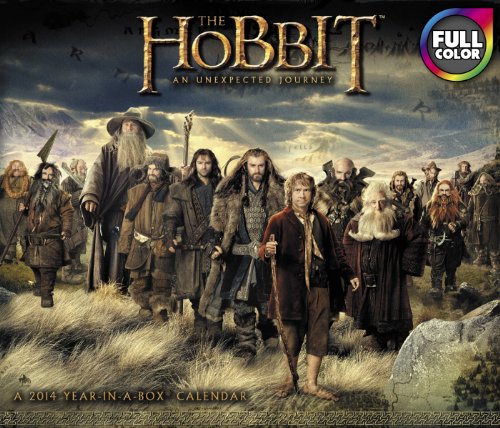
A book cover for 2014 The Hobbit: The Unexpected Journey Year-in-a-Box; Calendars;